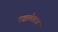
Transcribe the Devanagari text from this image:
एक्कलेस्टन